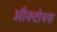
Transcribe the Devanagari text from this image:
औक्टोपस